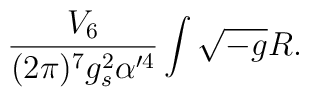
{V_6\over (2\pi)^7 g_{s}^2\alpha'^4}\int \sqrt{-g}R.